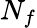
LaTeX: N_{f}